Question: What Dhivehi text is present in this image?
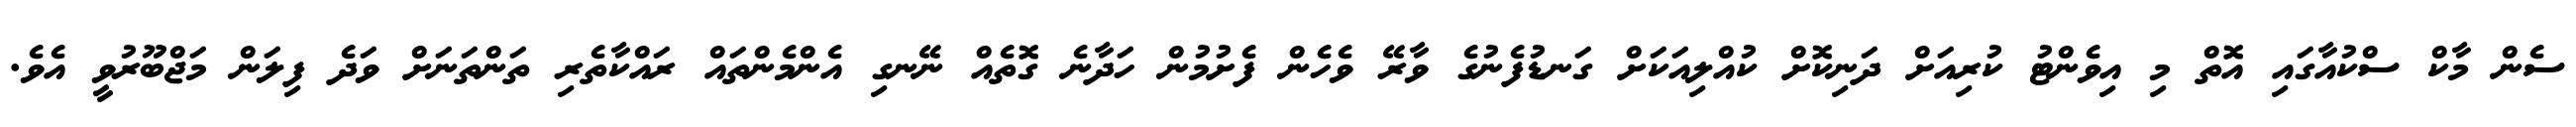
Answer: ސެން މާކް ސްކުއާގައި އޮތް މި އިވެންޓު ކުރިއަށް ދަނިކޮށް ކުއްލިއަކަށް ގަނޑުފެނުގެ ވާރޭ ވެހެން ފެށުމުން ހަދާނެ ގޮތެއް ނޭނގި އެންމެންތައް ރައްކާތެރި ތަންތަނަށް ވަދެ ފިލަން މަޖްބޫރުވީ އެވެ.